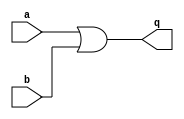
`timescale 1ns / 1ps
//////////////////////////////////////////////////////////////////////////////////
// Company: 
// Engineer: 
// 
// Design Name: 
// Module Name: orgate
// Project Name: 
// Target Devices: 
// Tool Versions: 
// Description: 
// 
// Dependencies: 
// 
// Revision:
// Revision 0.01 - File Created
// Additional Comments:
// 
//////////////////////////////////////////////////////////////////////////////////


module orgate(input a, input b, output q);

assign q=a | b;

endmodule